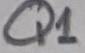
Text: Q1